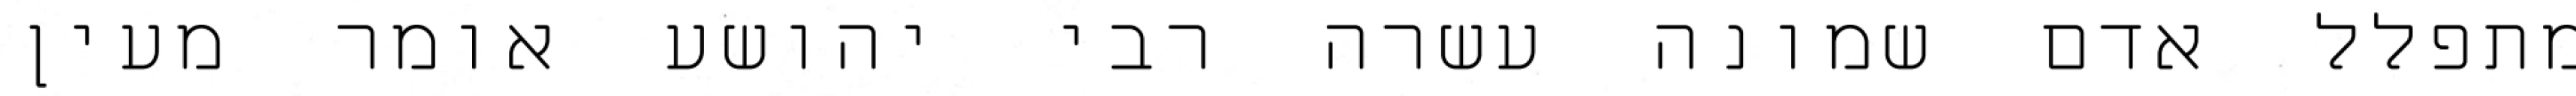
מתפלל אדם שמונה עשרה רבי יהושע אומר מעין